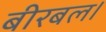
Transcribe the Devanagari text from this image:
बीरबल।